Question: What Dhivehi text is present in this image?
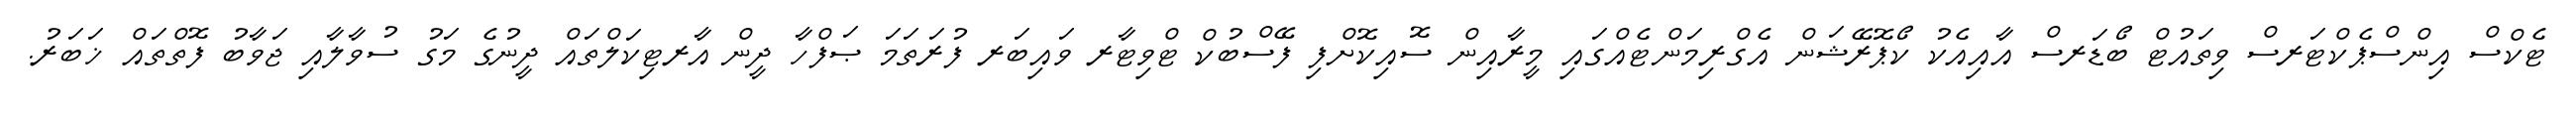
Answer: ޓެކްސް އިންސްޕެކްޓަރސް ވިތައުޓް ބޯޑަރސް އާއިއެކު ކޯޕޮރޭޝަން އެގްރިމަންޓެއްގައި މީރާއިން ސޮއިކޮށްފި ފޭސްބުކް ޓްވިޓާރ ވައިބަރ ފުރަތަމަ ޞަފްހާ ދީން އާރޓިކަލްތައް ދީނުގެ މަގު ސުވާލާއި ޖަވާބު ފޮތްތައް ޚަބަރު.